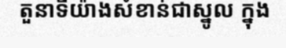
តួនាទីយ៉ាងសំខាន់ជាស្នូល ក្នុង